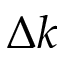
\Delta k